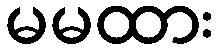
မမထား